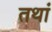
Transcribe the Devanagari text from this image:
तथां